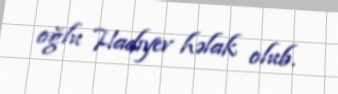
oğlu Hadıyev həlak olub.